Holstre_vallavalitsus, lk 26
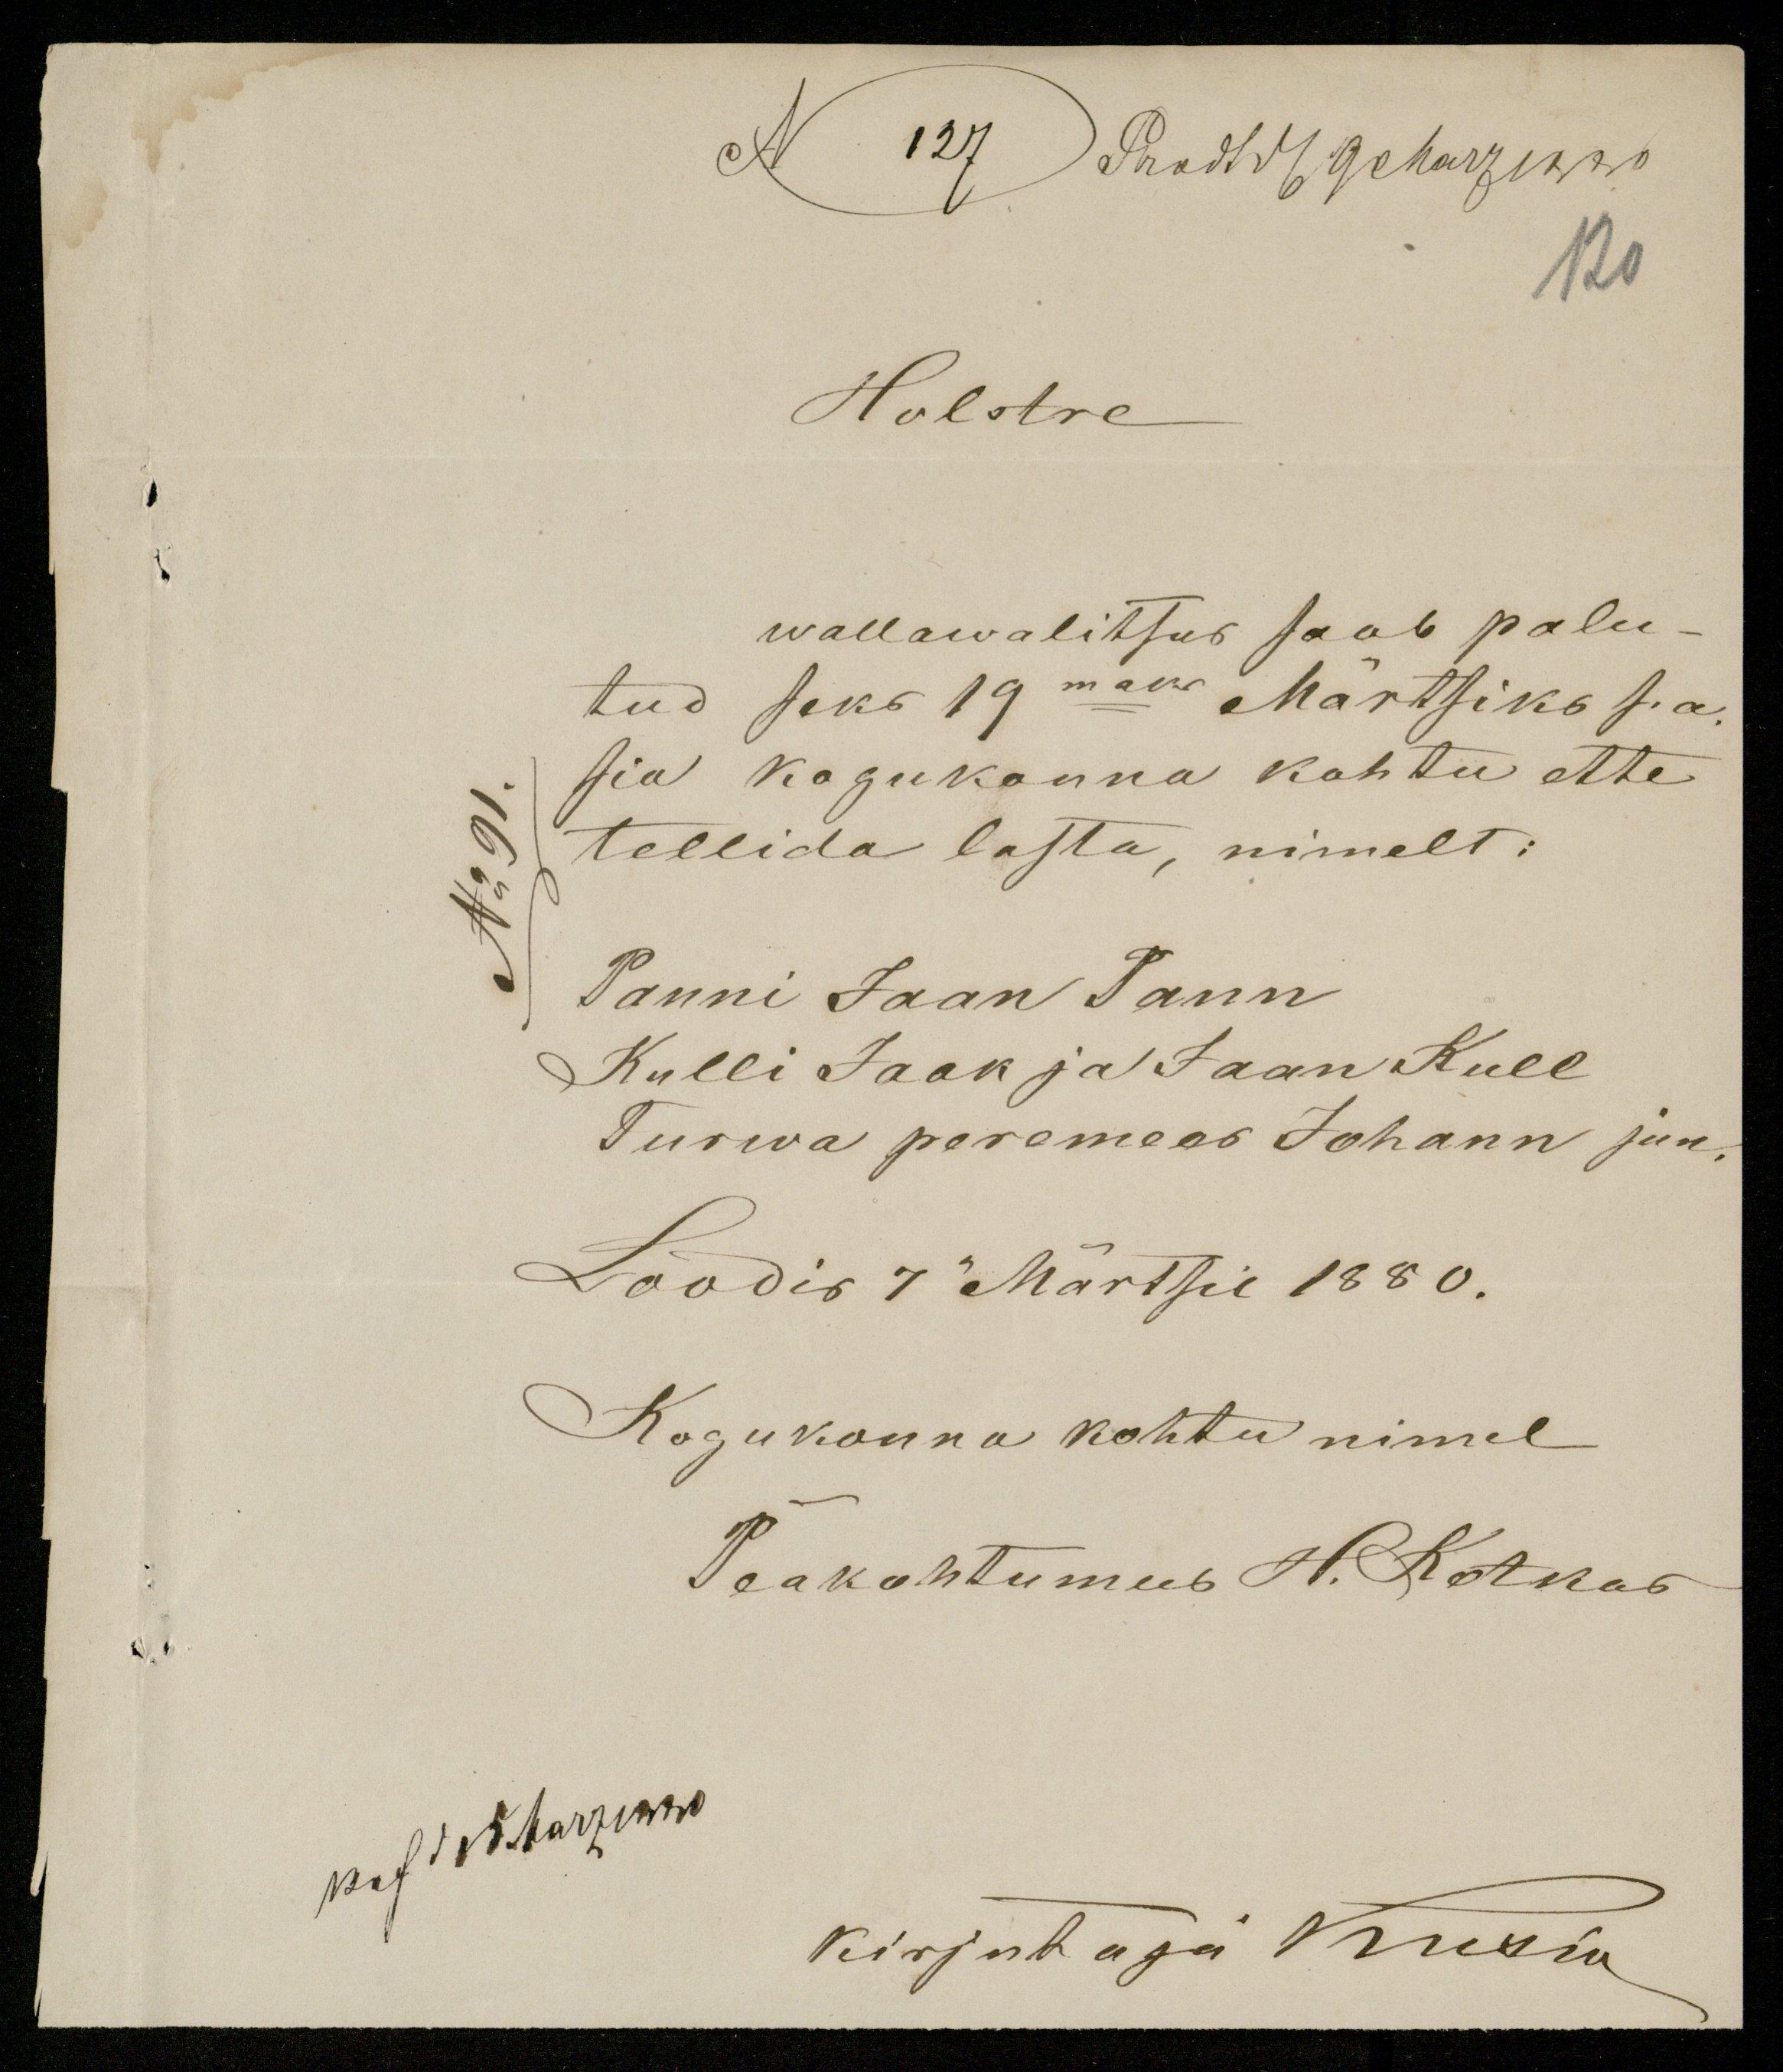
N 127 Prodt d. 9 Marz 1880
Holstre
wallawalitsus saab palu-
tud seks 19maks Märtsiks s.a.
sia kogukonna kohtu ette
No 91.
tellida lasta, nimelt:
Tanni Jaan Tann
Kulli Jaak ja Jaan Kull
Turwa peremees Johann jun.
Loodis 7 Märtsil 1880.
Kogukonna kohtu nimel
Peakohtumees H. Kotkas
kost Marzinno
kirjutaja Kisin